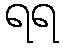
ရရ